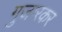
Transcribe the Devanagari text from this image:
गुजारकर